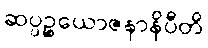
ဆပ္ပဉ္စယောဇနာနိပီတိ